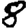
Digit: 8